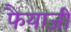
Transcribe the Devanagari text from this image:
फैयाजी